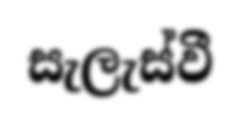
සැලැස්වී